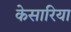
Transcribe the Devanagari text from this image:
केसारिया